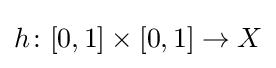
h\colon [0,1]\times [0,1]\to X